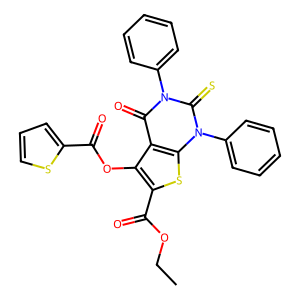
SMILES: CCOC(=O)c1sc2c(c1OC(=O)c1cccs1)c(=O)n(-c1ccccc1)c(=S)n2-c1ccccc1
Inhibits HIV replication: No